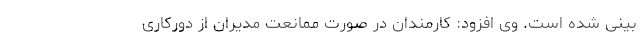
بینی شده است. وی افزود: کارمندان در صورت ممانعت مدیران از دورکاری